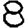
Digit: 8